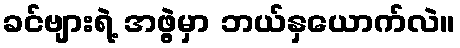
ခင်ဗျားရဲ့ အဖွဲ့မှာ ဘယ်နှယောက်လဲ။